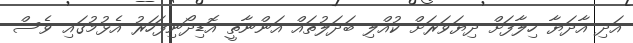
އަދި އާދަޔާ ހިލާފަށް ދިޔަވަރަށް ކުއްލި ބަދަލުތައް އަންނާތީ އޮޑިދޯނިފަހަރު އެޅުމުގައި ވެސް